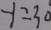
y = 3 0